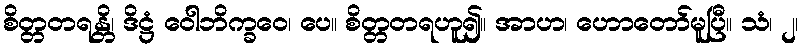
စိတ္တတရန္တိ၊ ဒိဋ္ဌံ ဝေါဘိက္ခဝေ၊ ပေ။ စိတ္တတရဟူ၍။ အာဟ၊ ဟောတော်မူပြီ။ သံ၊ ၂၊